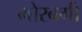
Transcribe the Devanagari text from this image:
मोरबगी